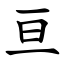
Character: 亘